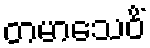
တမာသေဝိံ